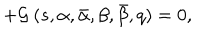
+ { \cal G } \ ( s , \alpha , \bar { \alpha } , \beta , \bar { \beta } , q ) = 0 ,